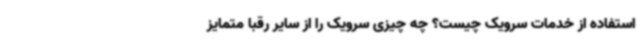
استفاده از خدمات سرویک چیست؟ چه چیزی سرویک را از سایر رقبا متمایز